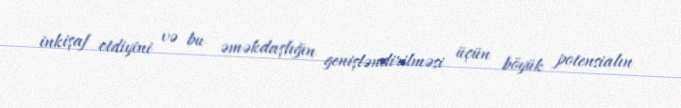
inkişaf etdiyini və bu əməkdaşlığın genişləndirilməsi üçün böyük potensialın